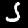
Label: 5